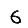
Digit: 6